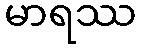
မာရဿ